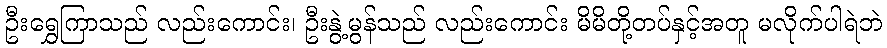
ဦးရွှေကြာသည် လည်းကောင်း၊ ဦးနွဲ့မွန်သည် လည်းကောင်း မိမိတို့တပ်နှင့်အတူ မလိုက်ပါရဲဘဲ